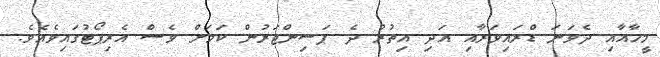
މީހާއާއި ދެވަނަ ޑްރައިވަރާއި އަދި އިތުރު ދެ ޕަސިންޖަރުން ކަމަށް ވެސް އެރިޕޯޓުގައިވެއެވެ.